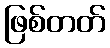
ဖြစ်တတ်